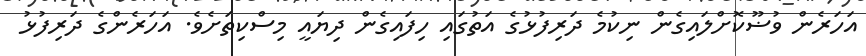
އަހަރެން ވުޟޫކޮށްލައިގެން ނިކުމެ ދަރިފުޅުގެ އަތުގައި ހިފައިގެން ދިޔައީ މިސްކިތަށެވެ. އަހަރެންގެ ދަރިފުޅު